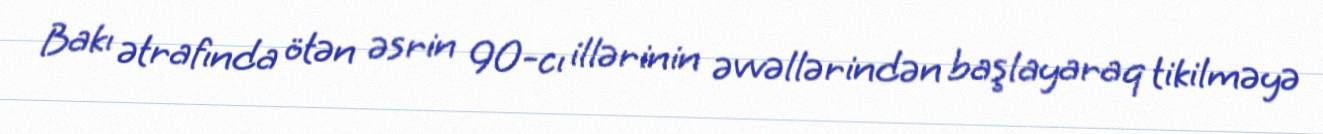
Bakı ətrafında ötən əsrin 90-cı illərinin əvvəllərindən başlayaraq tikilməyə